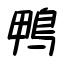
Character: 鴨